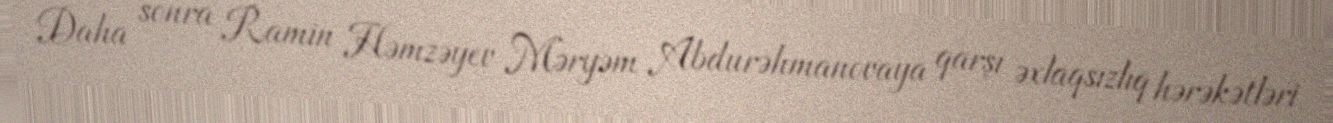
Daha sonra Ramin Həmzəyev Məryəm Abdurəhmanovaya qarşı əxlaqsızlıq hərəkətləri